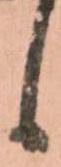
候